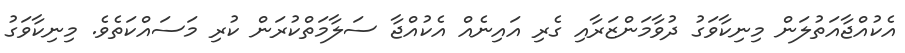
އެކުއްޖާއަތުލަން މިނިކާވަގު ދުވާމަންޒަރާއި ގެރި އައިނެއް އެކުއްޖާ ސަލާމަތްކުރަން ކުރި މަސައްކަތެވެ. މިނިކާވަގު